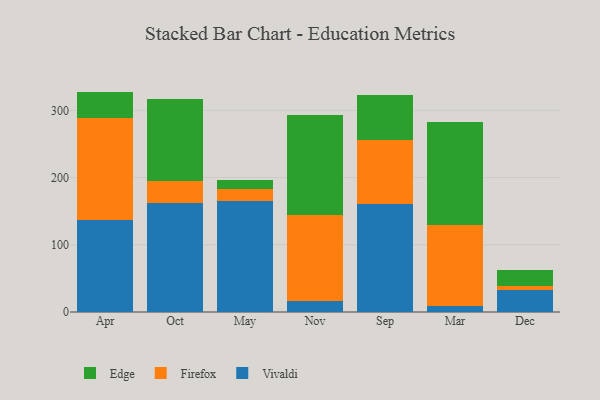
{"axis": {"x": "Month", "y": "Gross Profit (USD K)"}, "legend": ["Edge", "Firefox", "Vivaldi"], "data": [{"x": "Apr", "y": 136.4, "type": "Vivaldi"}, {"x": "Apr", "y": 151.5, "type": "Firefox"}, {"x": "Apr", "y": 40.0, "type": "Edge"}, {"x": "Oct", "y": 161.6, "type": "Vivaldi"}, {"x": "Oct", "y": 33.4, "type": "Firefox"}, {"x": "Oct", "y": 121.3, "type": "Edge"}, {"x": "May", "y": 165.0, "type": "Vivaldi"}, {"x": "May", "y": 18.4, "type": "Firefox"}, {"x": "May", "y": 13.1, "type": "Edge"}, {"x": "Nov", "y": 16.5, "type": "Vivaldi"}, {"x": "Nov", "y": 127.8, "type": "Firefox"}, {"x": "Nov", "y": 148.1, "type": "Edge"}, {"x": "Sep", "y": 160.7, "type": "Vivaldi"}, {"x": "Sep", "y": 95.5, "type": "Firefox"}, {"x": "Sep", "y": 66.4, "type": "Edge"}, {"x": "Mar", "y": 8.7, "type": "Vivaldi"}, {"x": "Mar", "y": 120.5, "type": "Firefox"}, {"x": "Mar", "y": 152.9, "type": "Edge"}, {"x": "Dec", "y": 32.6, "type": "Vivaldi"}, {"x": "Dec", "y": 6.7, "type": "Firefox"}, {"x": "Dec", "y": 23.3, "type": "Edge"}]}